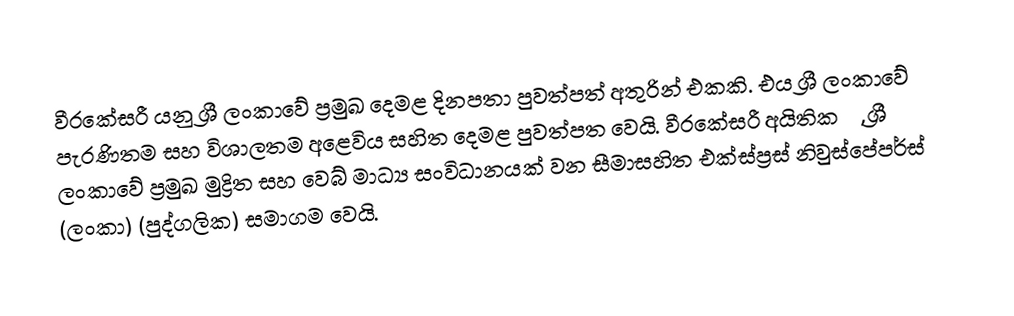
වීරකේසරී   යනු ශ්‍රී ලංකාවේ ප්‍රමුඛ දෙමළ දිනපතා පුවත්පත් අතුරින් එකකි. එය  ශ්‍රී ලංකාවේ පැරණිතම සහ විශාලතම අළෙවිය සහිත දෙමළ පුවත්පත වෙයි. වීරකේසරී අයිතිකරු,  ශ්‍රී ලංකාවේ ප්‍රමුඛ  මුද්‍රිත සහ  වෙබ් මාධ්‍ය සංවිධානයක් වන  සීමාසහිත එක්ස්ප්‍රස් නිවුස්පේපර්ස්  (ලංකා) (පුද්ගලික) සමාගම වෙයි.